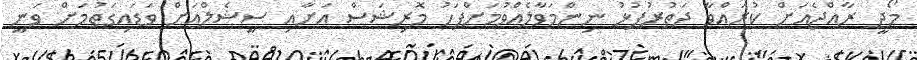
މޯދީ ރާއްޖެއަށް ކުރައްވާ ދަތުރުފުޅު ނިންމަވާލެއްވުމަށްފަހު މޮރިޝަސް އަށާއި ސީޝެލްއަށް ވަޑައިގަތުމަށް ވަނީ